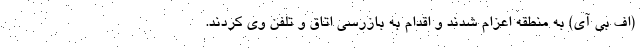
(اف بی آی) به منطقه اعزام شدند و اقدام به بازرسی اتاق و تلفن وی کردند.